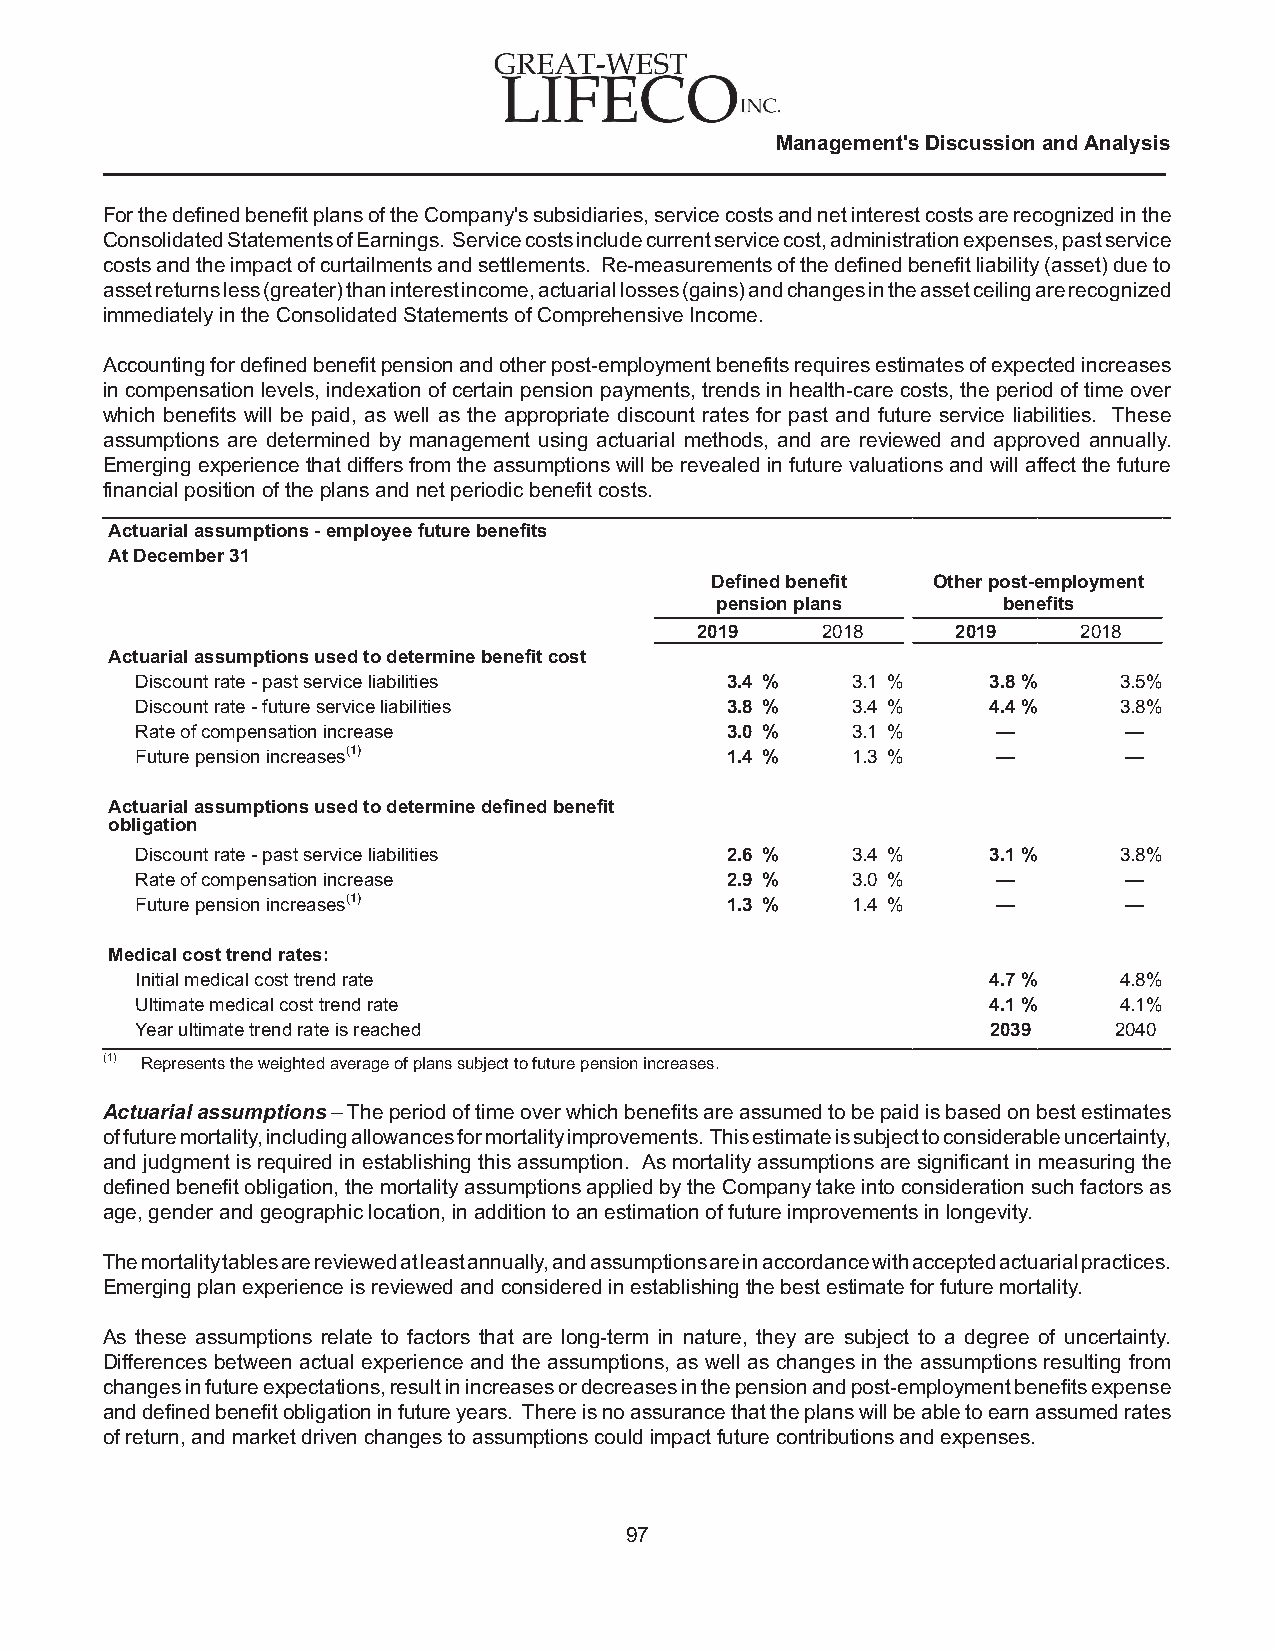
Management's Discussion and Analysis
 For the defined benefit plans of the Company's subsidiaries, service costs and net interest costs are recognized in the
 Consolidated Statements of Earnings. Service costs include current service cost, administration expenses, past service
 costs and the impact of curtailments and settlements. Re-measurements of the defined benefit liability (asset) due to
 asset returns less (greater) than interest income, actuarial losses (gains) and changes in the asset ceiling are recognized
 immediately in the Consolidated Statements of Comprehensive Income.
 Accounting for defined benefit pension and other post-employment benefits requires estimates of expected increases
 in compensation levels, indexation of certain pension payments, trends in health-care costs, the period of time over
 which benefits will be paid, as well as the appropriate discount rates for past and future service liabilities. These
 assumptions are determined by management using actuarial methods, and are reviewed and approved annually.
 Emerging experience that differs from the assumptions will be revealed in future valuations and will affect the future
 financial position of the plans and net periodic benefit costs.
 Actuarial assumptions - employee future benefits
 At December 31
 Defined benefit Other post-employment
 pension plans      benefits
 2019    2018     2019     2018
 Actuarial assumptions used to determine benefit cost
 Discount rate - past service liabilities 3.4 % 3.1 %    3.8%     3.5%
 Discount rate - future service liabilities 3.8 % 3.4 %  4.4%     3.8%
 Rate of compensation increase          3.0 %   3.1 %     —       —
 Future pension increases(1)            1.4 %   1.3 %     —       —
 Actuarial assumptions used to determine defined benefit
 obligation
 Discount rate - past service liabilities 2.6 % 3.4 %    3.1%     3.8%
 Rate of compensation increase          2.9 %   3.0 %     —       —
 Future pension increases(1)            1.3 %   1.4 %     —       —
 Medical cost trend rates:
 Initial medical cost trend rate                         4.7%     4.8%
 Ultimate medical cost trend rate                        4.1%     4.1%
 Year ultimate trend rate is reached                      2039    2040
 (1) Represents the weighted average of plans subject to future pension increases.
 Actuarial assumptions – The period of time over which benefits are assumed to be paid is based on best estimates
 of future mortality, including allowances for mortality improvements. This estimate is subject to considerable uncertainty,
 and judgment is required in establishing this assumption. As mortality assumptions are significant in measuring the
 defined benefit obligation, the mortality assumptions applied by the Company take into consideration such factors as
 age, gender and geographic location, in addition to an estimation of future improvements in longevity.
 The mortality tables are reviewed at least annually, and assumptions are in accordance with accepted actuarial practices.
 Emerging plan experience is reviewed and considered in establishing the best estimate for future mortality.
 As these assumptions relate to factors that are long-term in nature, they are subject to a degree of uncertainty.
 Differences between actual experience and the assumptions, as well as changes in the assumptions resulting from
 changes in future expectations, result in increases or decreases in the pension and post-employment benefits expense
 and defined benefit obligation in future years. There is no assurance that the plans will be able to earn assumed rates
 of return, and market driven changes to assumptions could impact future contributions and expenses.
 97